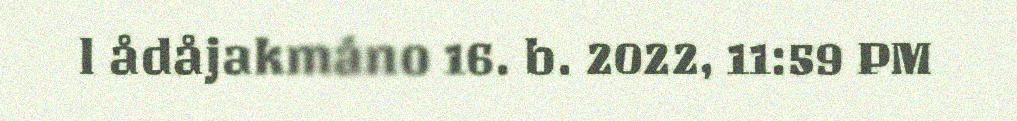
l ådåjakmáno 16. b. 2022, 11:59 PM